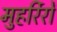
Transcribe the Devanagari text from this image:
मुहर्रिरों